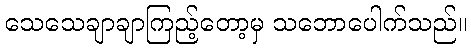
သေသေချာချာကြည့်တော့မှ သဘောပေါက်သည်။